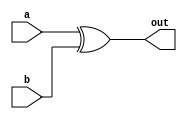
module xor_1(a,b,out);
  input a,b;
  output out;
  assign out = a^b;
endmodule